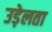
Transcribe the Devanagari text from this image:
उड़ेलता